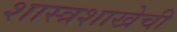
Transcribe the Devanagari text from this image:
शास्त्रशाखेची